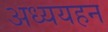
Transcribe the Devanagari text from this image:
अध्ययहन